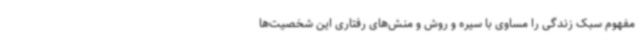
مفهوم سبک زندگی را مساوی با سیره و روش و منش‌های رفتاری این شخصیت‌ها